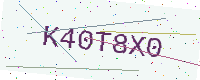
Text: K40T8X0